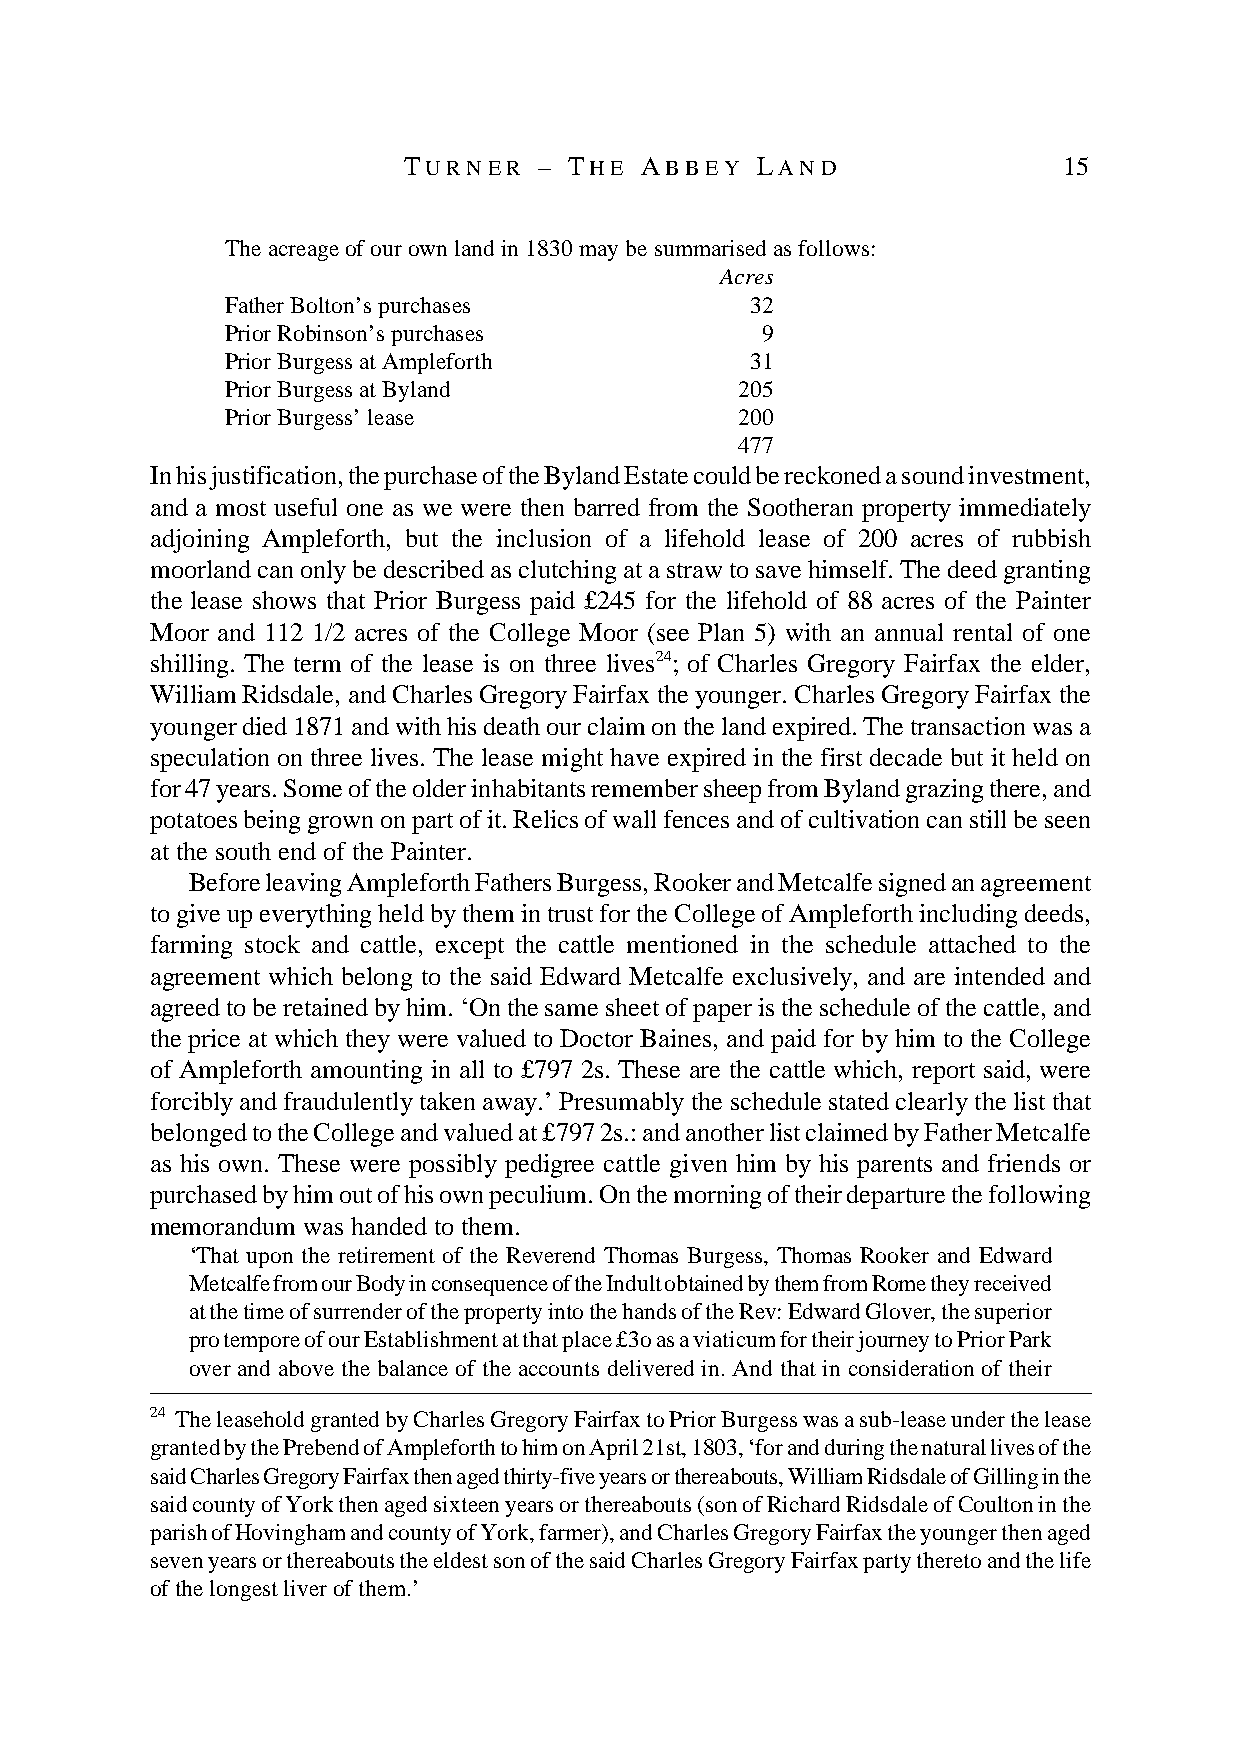
T U R N E R – T H E A B B E Y L A N D      15
 The acreage of our own land in 1830 may be summarised as follows:
 Acres
 Father Bolton’s purchases          32
 Prior Robinson’s purchases         9
 Prior Burgess at Ampleforth        31
 Prior Burgess at Byland           205
 Prior Burgess’ lease              200
 477
 In his justification, the purchase of the Byland Estate could be reckoned a sound investment,
 and a most useful one as we were then barred from the Sootheran property immediately
 adjoining Ampleforth, but the inclusion of a lifehold lease of 200 acres of rubbish
 moorland can only be described as clutching at a straw to save himself. The deed granting
 the lease shows that Prior Burgess paid £245 for the lifehold of 88 acres of the Painter
 Moor and 112 1/2 acres of the College Moor (see Plan 5) with an annual rental of one
 shilling. The term of the lease is on three lives24; of Charles Gregory Fairfax the elder,
 William Ridsdale, and Charles Gregory Fairfax the younger. Charles Gregory Fairfax the
 younger died 1871 and with his death our claim on the land expired. The transaction was a
 speculation on three lives. The lease might have expired in the first decade but it held on
 for 47 years. Some of the older inhabitants remember sheep from Byland grazing there, and
 potatoes being grown on part of it. Relics of wall fences and of cultivation can still be seen
 at the south end of the Painter.
 Before leaving Ampleforth Fathers Burgess, Rooker and Metcalfe signed an agreement
 to give up everything held by them in trust for the College of Ampleforth including deeds,
 farming stock and cattle, except the cattle mentioned in the schedule attached to the
 agreement which belong to the said Edward Metcalfe exclusively, and are intended and
 agreed to be retained by him. ‘On the same sheet of paper is the schedule of the cattle, and
 the price at which they were valued to Doctor Baines, and paid for by him to the College
 of Ampleforth amounting in all to £797 2s. These are the cattle which, report said, were
 forcibly and fraudulently taken away.’ Presumably the schedule stated clearly the list that
 belonged to the College and valued at £797 2s.: and another list claimed by Father Metcalfe
 as his own. These were possibly pedigree cattle given him by his parents and friends or
 purchased by him out of his own peculium. On the morning of their departure the following
 memorandum was handed to them.
 ‘That upon the retirement of the Reverend Thomas Burgess, Thomas Rooker and Edward
 Metcalfe from our Body in consequence of the Indult obtained by them from Rome they received
 at the time of surrender of the property into the hands of the Rev: Edward Glover, the superior
 pro tempore of our Establishment at that place £3o as a viaticum for their journey to Prior Park
 over and above the balance of the accounts delivered in. And that in consideration of their
 24 The leasehold granted by Charles Gregory Fairfax to Prior Burgess was a sub-lease under the lease
 granted by the Prebend of Ampleforth to him on April 21st, 1803, ‘for and during the natural lives of the
 said Charles Gregory Fairfax then aged thirty-five years or thereabouts, William Ridsdale of Gilling in the
 said county of York then aged sixteen years or thereabouts (son of Richard Ridsdale of Coulton in the
 parish of Hovingham and county of York, farmer), and Charles Gregory Fairfax the younger then aged
 seven years or thereabouts the eldest son of the said Charles Gregory Fairfax party thereto and the life
 of the longest liver of them.’